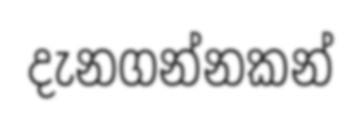
දැනගන්නකන්